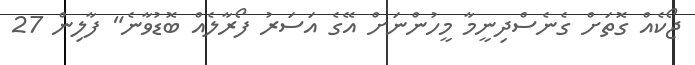
ޖޯކެއް ގޮތަށް ގެނެސްދިނީމާ މީހުންނަށް އޭގެ އަސަރު ފޯރާލެއް ބޮޑުވާނެ" ފާލިން 27